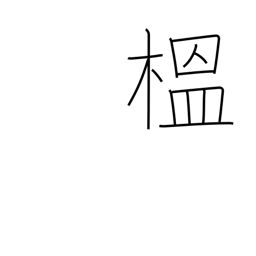
Meaning: quince